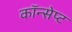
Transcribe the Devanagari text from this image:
कॉन्‍सेप्‍ट